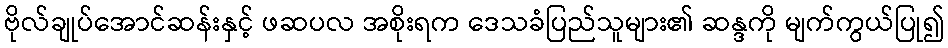
ဗိုလ်ချုပ်အောင်ဆန်းနှင့် ဖဆပလ အစိုးရက ဒေသခံပြည်သူများ၏ ဆန္ဒကို မျက်ကွယ်ပြု၍